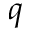
q